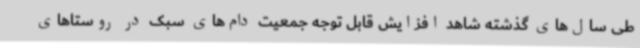
طی سال‌های گذشته شاهد افزایش قابل توجه جمعیت دام‌های سبک در روستاهای